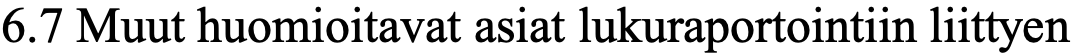
6.7 Muut huomioitavat asiat lukuraportointiin liittyen